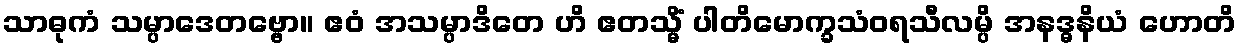
သာဓုကံ သမ္ပာဒေတဗ္ဗော။ ဧဝံ အသမ္ပာဒိတေ ဟိ ဧတသ္မိံ ပါတိမောက္ခသံဝရသီလမ္ပိ အနဒ္ဓနိယံ ဟောတိ